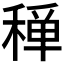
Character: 𥠐